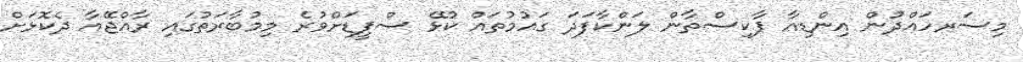
މިސަރހައްދުން އިންޑިއާ ޕާކިސްތާން ލަންކާފަދަ ގައުމުތައް ކުޅޭ ސްޕީޑަށްވުރެ މިމުބާރަތުގައި ރާއްޖޭއާ ދެކޮޅަށް